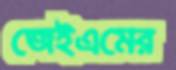
জেইএমের